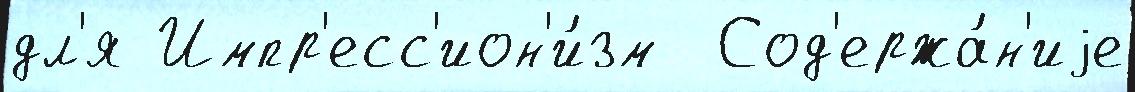
дл'я Импр'есс'ион'и́зм  Сод'ержа́н'иjе